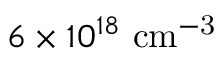
6 \times 1 0 ^ { 1 8 } \ \mathrm { c m ^ { - 3 } }